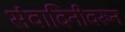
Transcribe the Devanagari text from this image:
संवादिनीवरून